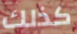
كذلك